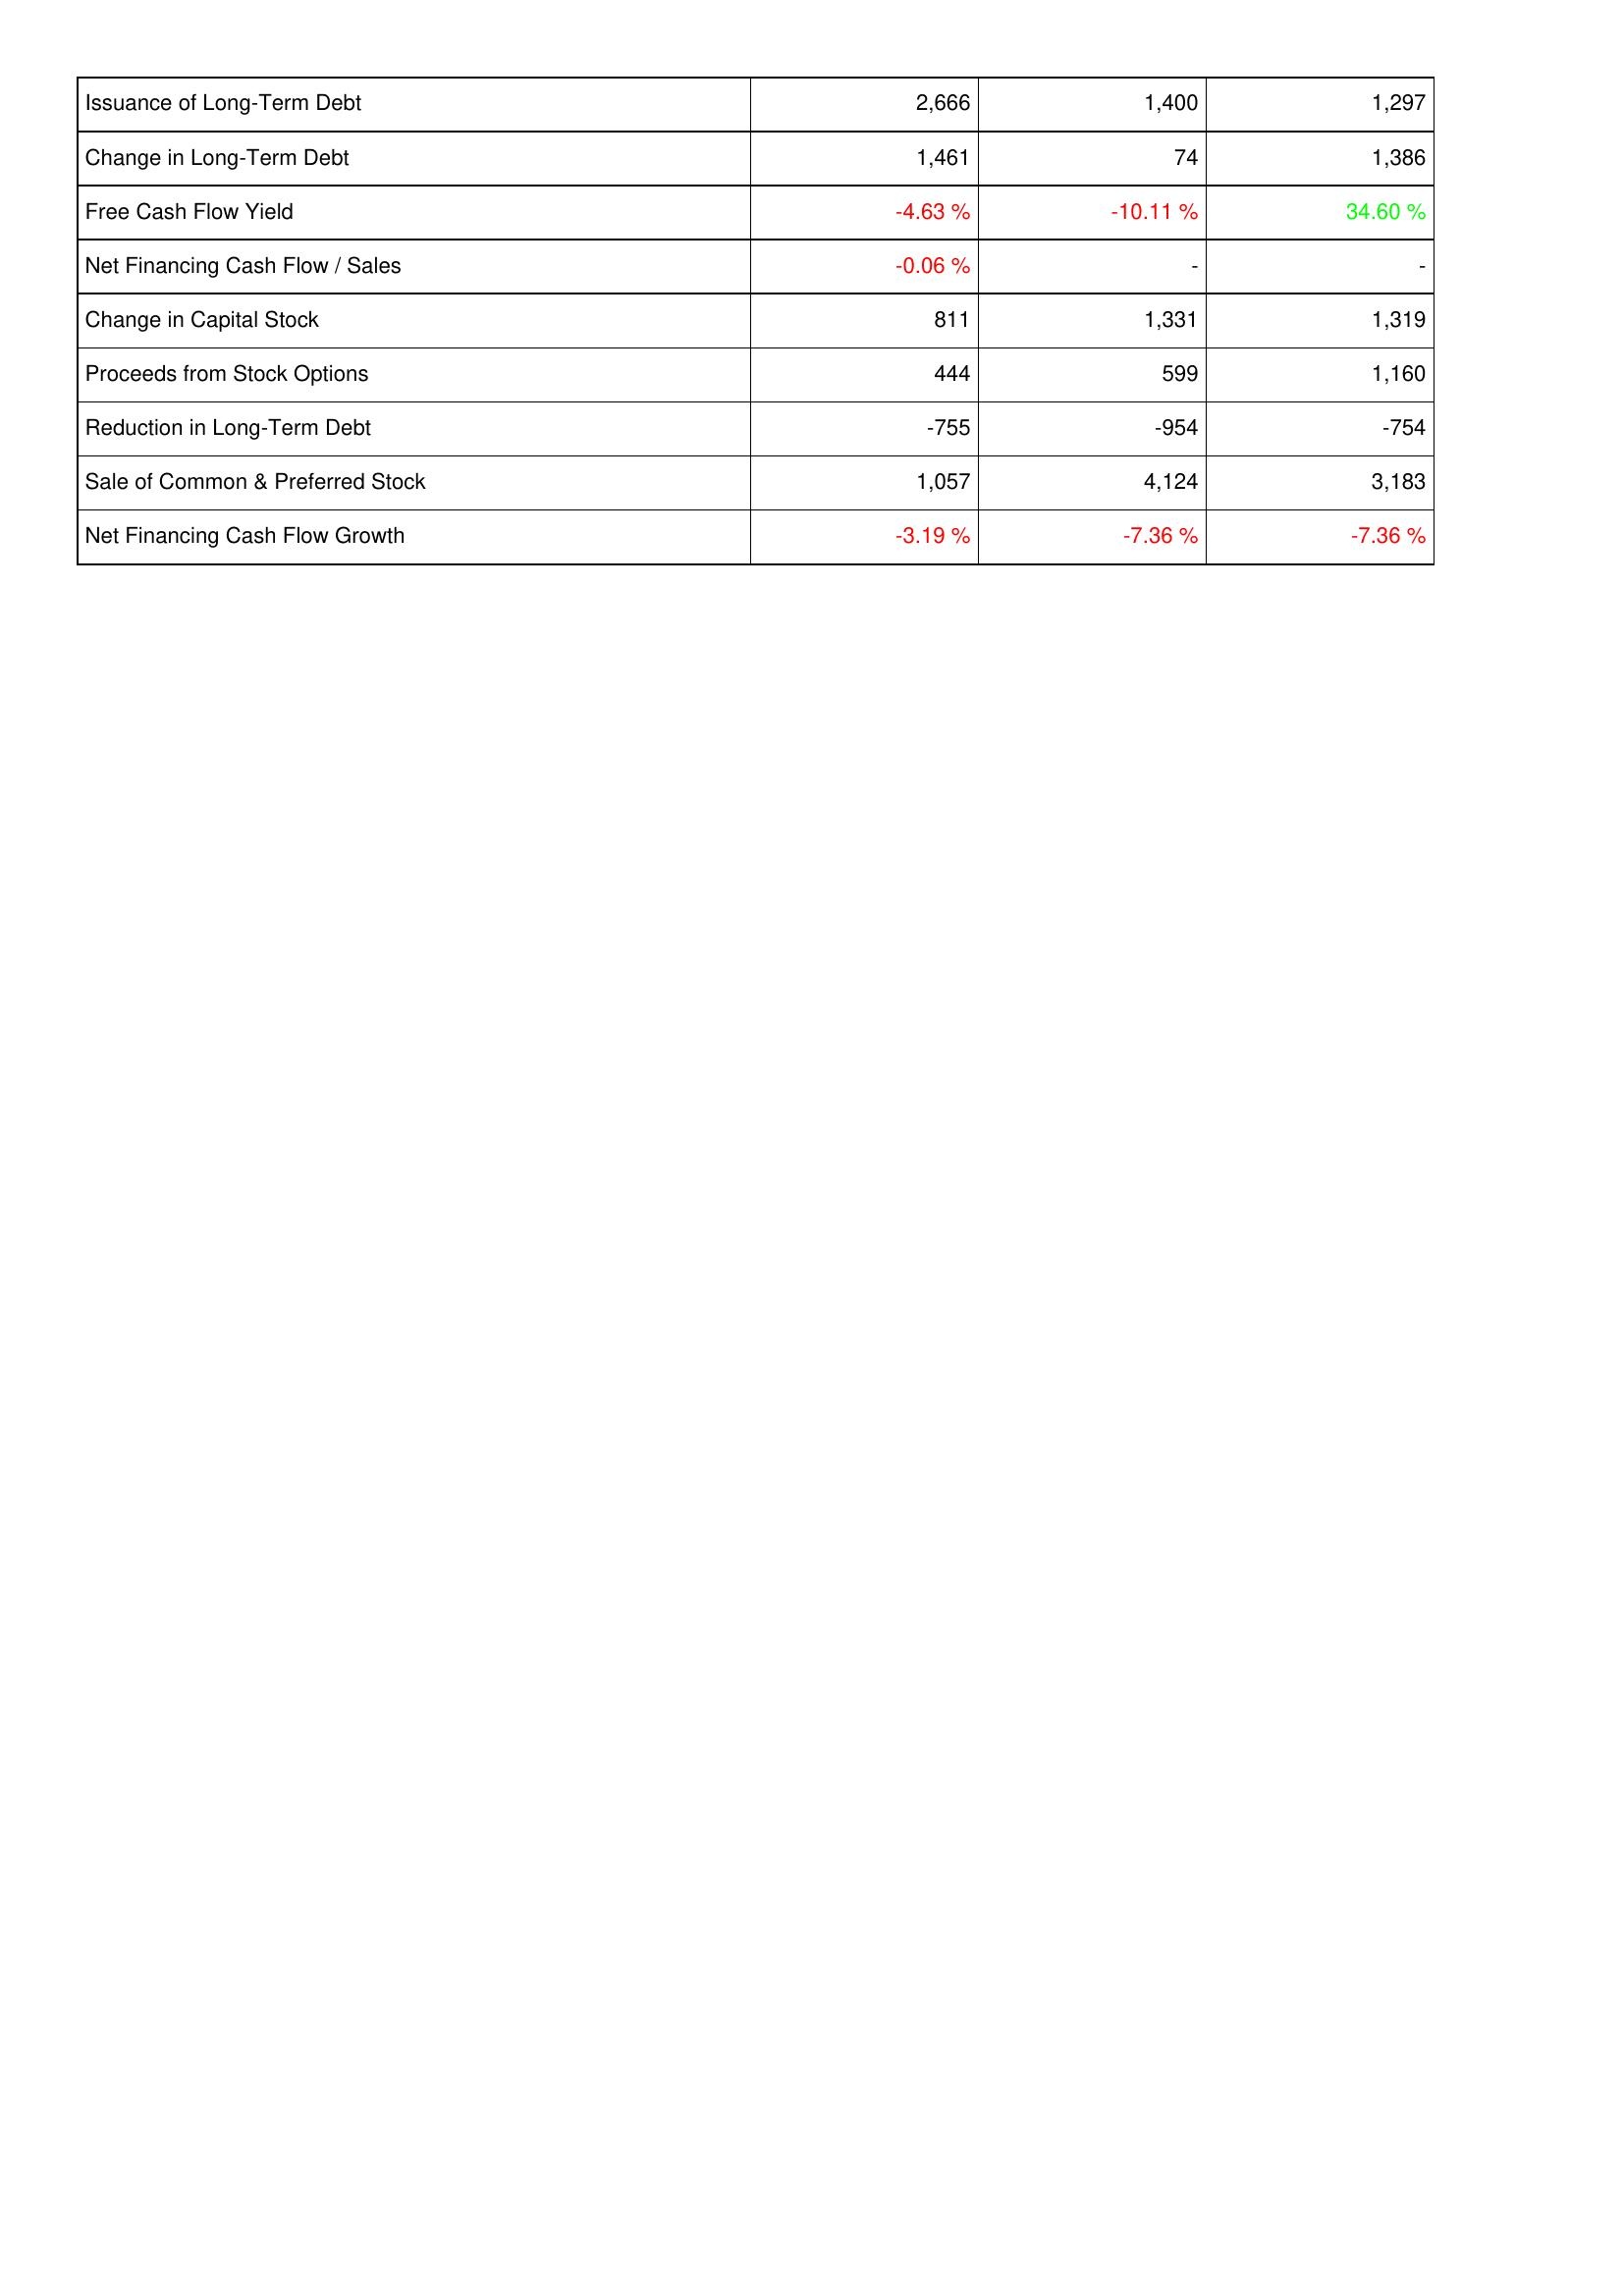
2014: Financing Activities: Issuance of Long-Term Debt: 2,666
Change in Long-Term Debt: 1,461
Free Cash Flow Yield: -4.63 %
Net Financing Cash Flow / Sales: -0.06 %
Change in Capital Stock: 811
Proceeds from Stock Options: 444
Reduction in Long-Term Debt: -755
Sale of Common & Preferred Stock: 1,057
Net Financing Cash Flow Growth: -3.19 %
2013: Financing Activities: Issuance of Long-Term Debt: 1,400
Change in Long-Term Debt: 74
Free Cash Flow Yield: -10.11 %
Net Financing Cash Flow / Sales: -
Change in Capital Stock: 1,331
Proceeds from Stock Options: 599
Reduction in Long-Term Debt: -954
Sale of Common & Preferred Stock: 4,124
Net Financing Cash Flow Growth: -7.36 %
2012: Financing Activities: Issuance of Long-Term Debt: 1,297
Change in Long-Term Debt: 1,386
Free Cash Flow Yield: 34.60 %
Net Financing Cash Flow / Sales: -
Change in Capital Stock: 1,319
Proceeds from Stock Options: 1,160
Reduction in Long-Term Debt: -754
Sale of Common & Preferred Stock: 3,183
Net Financing Cash Flow Growth: -7.36 %